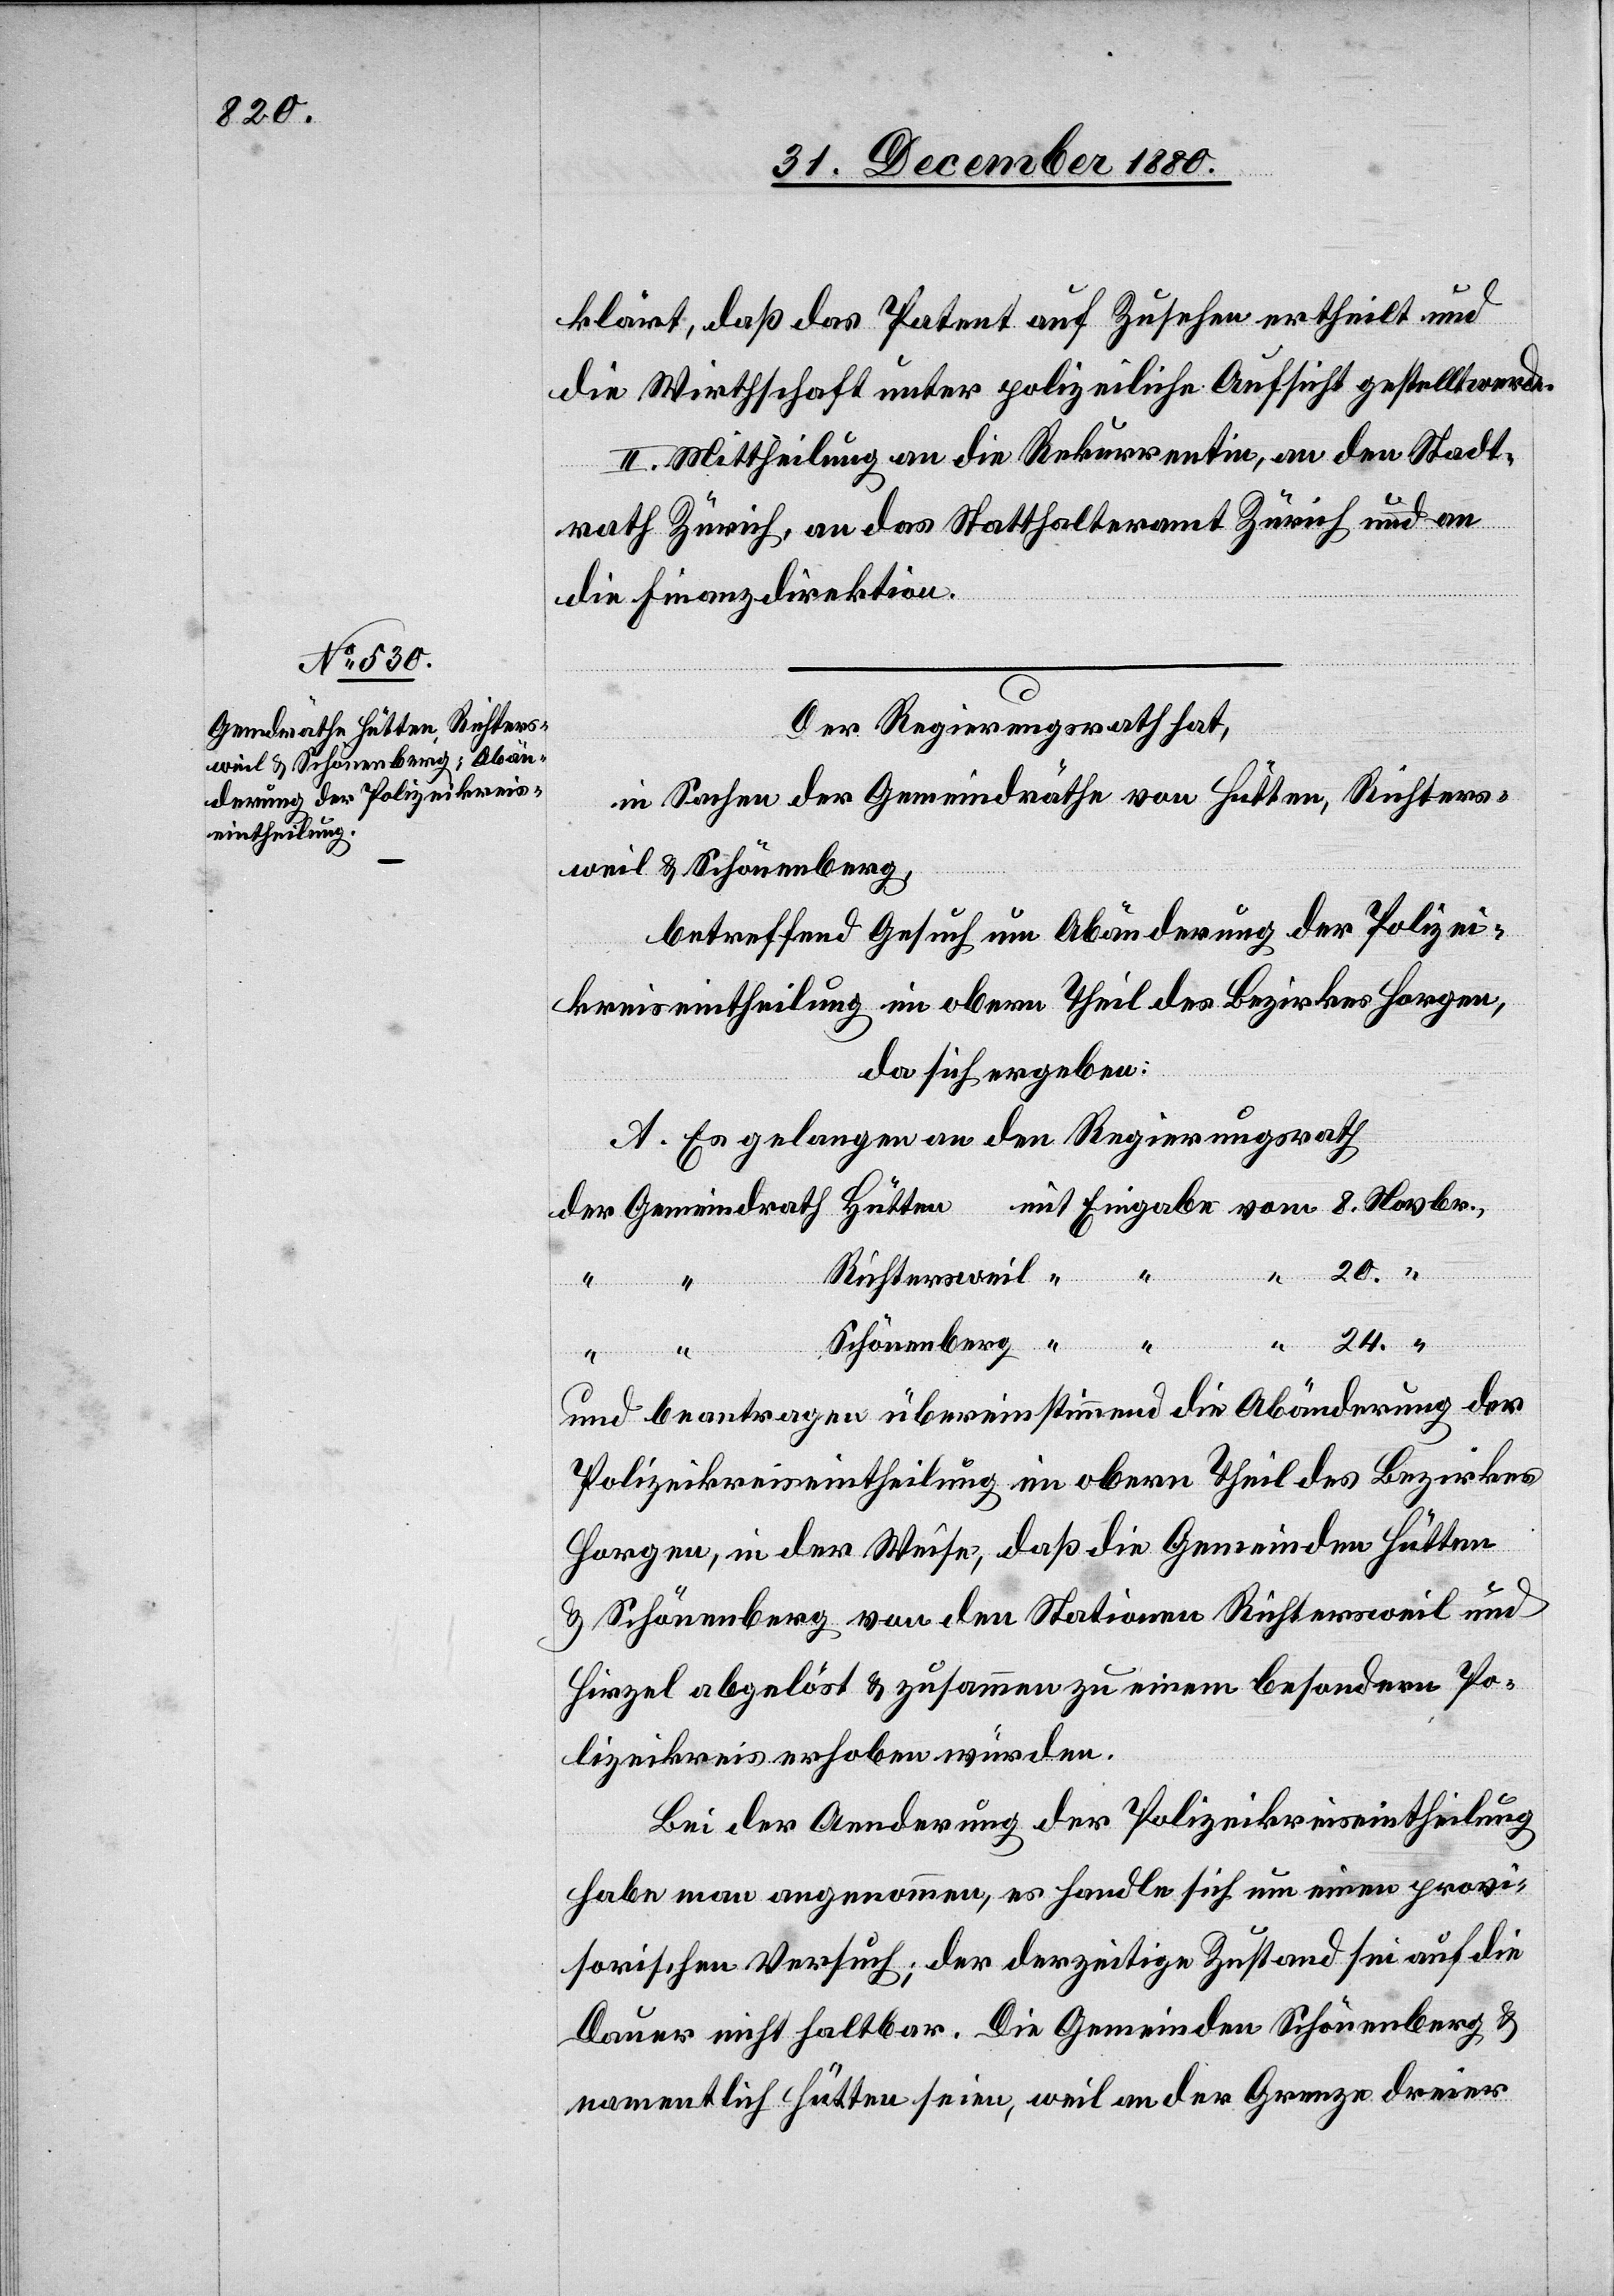
klärt, daß das Patent auf Zusehen ertheilt und
die Wirthschaft unter polizeiliche Aufsicht gestellt werde.
II. Mittheilung an die Rekurrentin, an den Stadt¬
rath Zürich, an das Statthalteramt Zürich und an
die Finanzdirektion.
Der Regierungsrath hat,
in Sachen der Gemeindräthe von Hütten, Richters¬
weil & Schönenberg,
betreffend Gesuch um Abänderung der Polizei¬
kreiseintheilung im obern Theil des Bezirkes Horgen,
da sich ergeben:
A. Es gelangen an den Regierungsrath
Richtersweil
der
24.
Schönenberg
und beantragen übereinstimmend die Abänderung der
Polizeikreiseintheilung im obern Theil des Bezirkes
Horgen, in der Weise, daß die Gemeinden Hütten
& Schönenberg von den Stationen Richtersweil und
Hirzel abgelöst & zusammen zu einem besondern Po¬
lizeikreis erhoben würden.
Bei der Aenderung der Polizeikreiseintheilung
habe man angenommen, es handle sich um einen provi¬
sorischen Versuch; der derzeitige Zustand sei auf die
Dauer nicht haltbar. Die Gemeinden Schönenberg &
namentlich Hütten seien, weil an der Grenze dreier